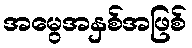
အမွေအနှစ်အဖြစ်